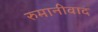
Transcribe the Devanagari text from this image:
रुमानीवाद